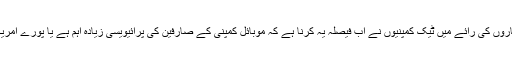
امریکی تجزیہ کاروں کی رائے میں ٹیک کمپنیوں نے اب فیصلہ یہ کرنا ہے کہ موبائل کمپنی کے صارفین کی پرائیویسی زیادہ اہم ہے یا پورے امریکا کی سیکورٹی۔